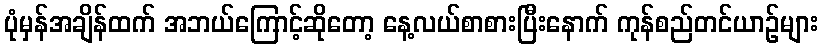
ပုံမှန်အချိန်ထက် အဘယ်ကြောင့်ဆိုတော့ နေ့လယ်စာစားပြီးနောက် ကုန်စည်တင်ယာဉ်များ